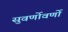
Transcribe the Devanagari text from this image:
सुवर्णोवर्णो